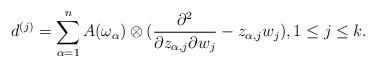
LaTeX: \begin{align*} d^{(j)} = \sum_{\alpha=1}^n A(\omega_\alpha) \otimes (\frac{\partial^2}{\partial z_{\alpha,j} \partial w_j} - z_{\alpha,j} w_{j}), 1 \leq j \leq k.\end{align*}